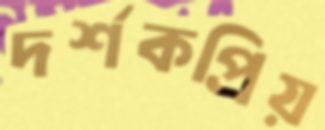
দর্শকপ্রিয়